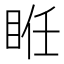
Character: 𥆂